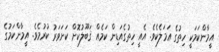
އީމާންކަމަކީ ހިތުގެ ޢަމަލެކެވެ. އެއީ ހިތުގެއަޑިން ކަމެއް ޤަބޫލުކޮށް ކަށަވަރު ކުރުމެވެ. އީމާންކަމުގެ